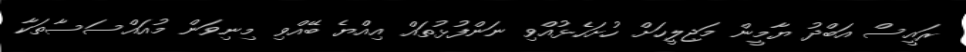
ރައީސް އަބްދު ޔާމީން މަޖިލީހަށް ހުށަހެޅުއްވި ނަންފުޅުތައް އިއްޔެ ބޭއްވި މިނިވަން މުއައްސަސާތަކާ